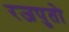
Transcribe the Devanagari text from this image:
रजपुतो